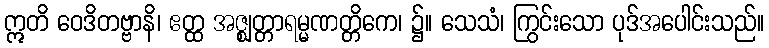
ဣတိ ဝေဒိတဗ္ဗာနိ၊ ဧတ္ထ အဇ္ဈတ္တာရမ္မဏတ္တိကေ၊ ၌။ သေသံ၊ ကြွင်းသော ပုဒ်အပေါင်းသည်။